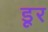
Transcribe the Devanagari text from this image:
डूर